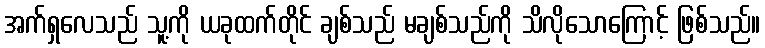
အက်ရှလေသည် သူ့ကို ယခုထက်တိုင် ချစ်သည် မချစ်သည်ကို သိလိုသောကြောင့် ဖြစ်သည်။